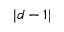
| d - 1 |